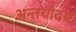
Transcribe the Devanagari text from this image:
अन्तयोदय